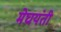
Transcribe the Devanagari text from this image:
मेघयंती